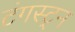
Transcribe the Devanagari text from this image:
टंगस्ट्न